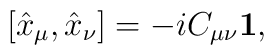
[\hat{x}_{\mu},\hat{x}_{\nu}]=-iC_{\mu\nu}{\bf 1},